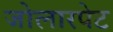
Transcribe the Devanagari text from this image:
जोलारपेट